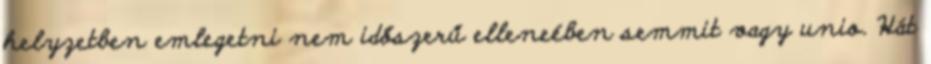
helyzetben emlegetni nem időszerű elleneében semmit vagy unio. Hát